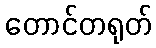
တောင်တရုတ်